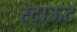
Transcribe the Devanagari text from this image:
स्टाऊट